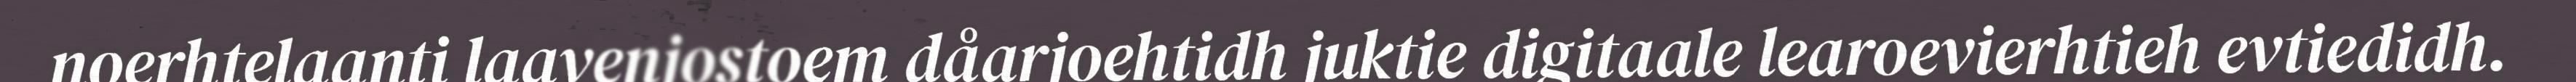
noerhtelaanti laavenjostoem dåarjoehtidh juktie digitaale learoevierhtieh evtiedidh.